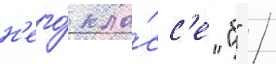
н'его́ кла́сс'е "б" /